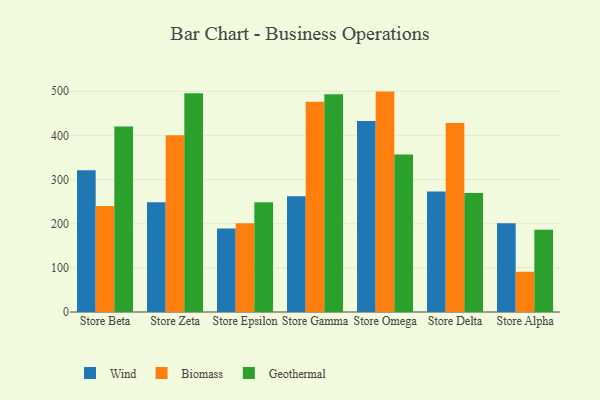
{"axis": {"x": "Store", "y": "Backlog"}, "legend": ["Biomass", "Geothermal", "Wind"], "data": [{"x": "Store Beta", "y": 320.9, "type": "Wind"}, {"x": "Store Beta", "y": 239.9, "type": "Biomass"}, {"x": "Store Beta", "y": 419.9, "type": "Geothermal"}, {"x": "Store Zeta", "y": 248.4, "type": "Wind"}, {"x": "Store Zeta", "y": 400.1, "type": "Biomass"}, {"x": "Store Zeta", "y": 495.5, "type": "Geothermal"}, {"x": "Store Epsilon", "y": 189.4, "type": "Wind"}, {"x": "Store Epsilon", "y": 201.1, "type": "Biomass"}, {"x": "Store Epsilon", "y": 248.8, "type": "Geothermal"}, {"x": "Store Gamma", "y": 262.4, "type": "Wind"}, {"x": "Store Gamma", "y": 476.2, "type": "Biomass"}, {"x": "Store Gamma", "y": 493.1, "type": "Geothermal"}, {"x": "Store Omega", "y": 432.8, "type": "Wind"}, {"x": "Store Omega", "y": 499.2, "type": "Biomass"}, {"x": "Store Omega", "y": 356.5, "type": "Geothermal"}, {"x": "Store Delta", "y": 273.0, "type": "Wind"}, {"x": "Store Delta", "y": 428.0, "type": "Biomass"}, {"x": "Store Delta", "y": 269.5, "type": "Geothermal"}, {"x": "Store Alpha", "y": 200.8, "type": "Wind"}, {"x": "Store Alpha", "y": 91.2, "type": "Biomass"}, {"x": "Store Alpha", "y": 186.5, "type": "Geothermal"}]}